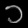
Digit: ၁